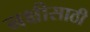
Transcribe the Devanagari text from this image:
नक्षीसाठी